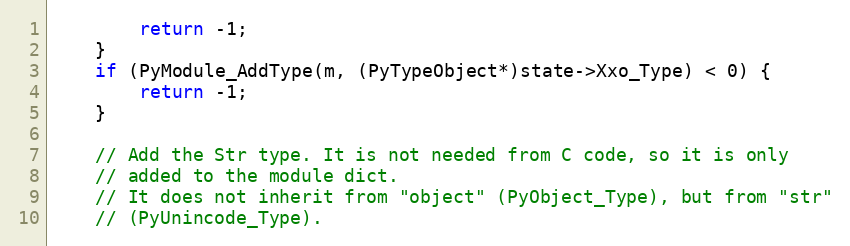
Language: C
        return -1;
    }
    if (PyModule_AddType(m, (PyTypeObject*)state->Xxo_Type) < 0) {
        return -1;
    }

    // Add the Str type. It is not needed from C code, so it is only
    // added to the module dict.
    // It does not inherit from "object" (PyObject_Type), but from "str"
    // (PyUnincode_Type).